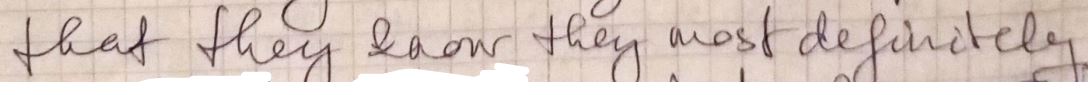
that they know they most definitely